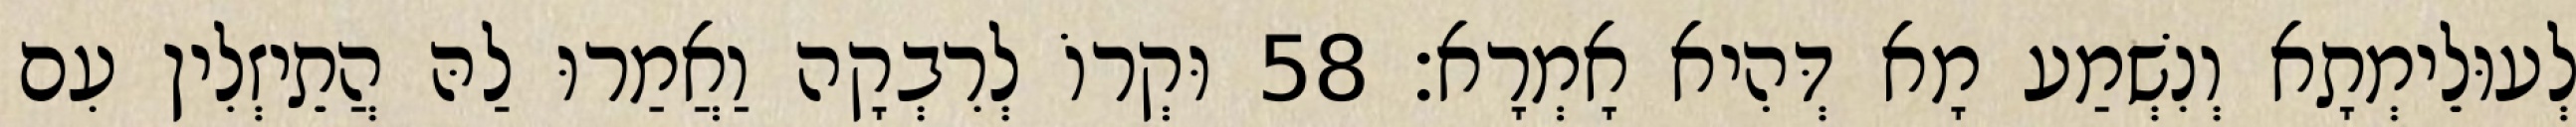
לְעוּלֵימְתָא וְנִשְׁמַע מָא דְּהִיא אָמְרָא׃ 58 וּקְרוֹ לְרִבְקָה וַאֲמַרוּ לַהּ הֲתֵיזְלִין עִם